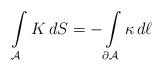
LaTeX: \begin{align*}\int\limits_{\mathcal{A}} K \, dS = -\int\limits_{\partial \mathcal{A}} \kappa \, d\ell \end{align*}